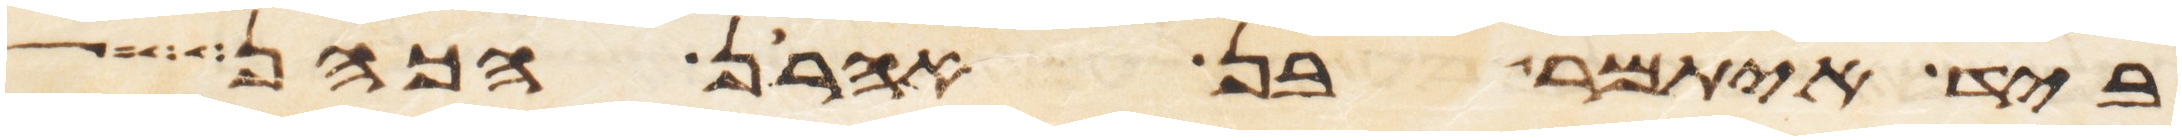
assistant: ביד איתמר בן אהרן הכהן